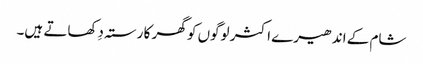
شام کے اندھیرے اکثر لوگوں کو گھر کا رستہ دِکھاتے ہیں۔